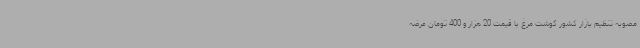
مصوبه تنظیم بازار کشور گوشت مرغ با قیمت 20 هزار و 400 تومان عرضه